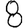
Digit: 8